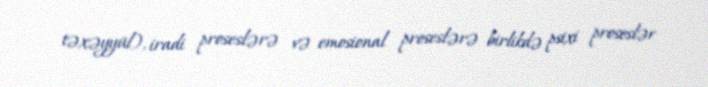
təxəyyül), iradi proseslərə və emosional proseslərə birlikdə psixi proseslər